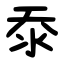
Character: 沗